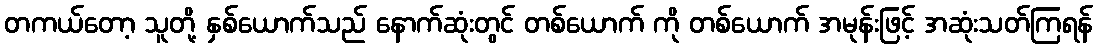
တကယ်တော့ သူတို့ နှစ်ယောက်သည် နောက်ဆုံးတွင် တစ်ယောက် ကို တစ်ယောက် အမုန်းဖြင့် အဆုံးသတ်ကြရန်